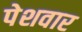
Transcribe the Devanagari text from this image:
पेशवार